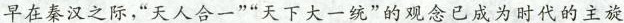
早在秦汉之际，”天人合一””天下大一统”的观念已成为时代的主旋